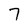
Character: 7